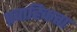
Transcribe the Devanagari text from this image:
प्रवाहिकता